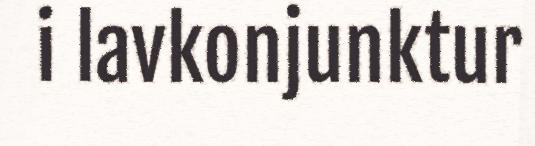
i lavkonjunktur